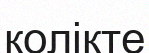
қолікте